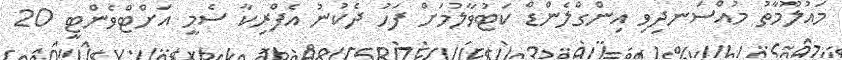
މައުލޫމާތު މުއްސަނދިވި އިންގްލެންޑް ކަޓުވާލުމަށް ފަހު ދެކުނު އެފްރިކާ ސެމީ އަށްޓްވެންޓީ 20